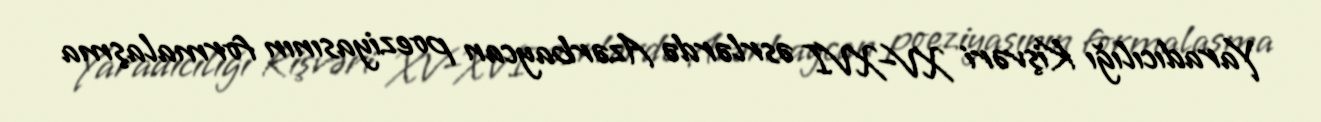
Yaradıcılığı Kişvəri XV–XVI əsrlərdə Azərbaycan poeziyasının formalaşma